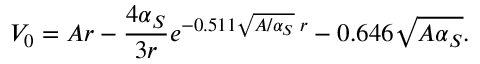
V _ { 0 } = A r - \frac { 4 \alpha _ { S } } { 3 r } e ^ { - 0 . 5 1 1 \sqrt { A / \alpha _ { S } } \; r } - 0 . 6 4 6 \sqrt { A \alpha _ { S } } .